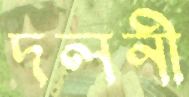
দলনী